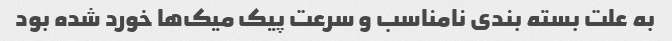
به علت بسته بندی نامناسب و سرعت پیک میک‌ها خورد شده بود